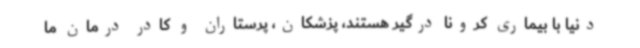
دنیا با بیماری کرونا درگیر هستند، پزشکان، پرستاران و کادر درمان ما